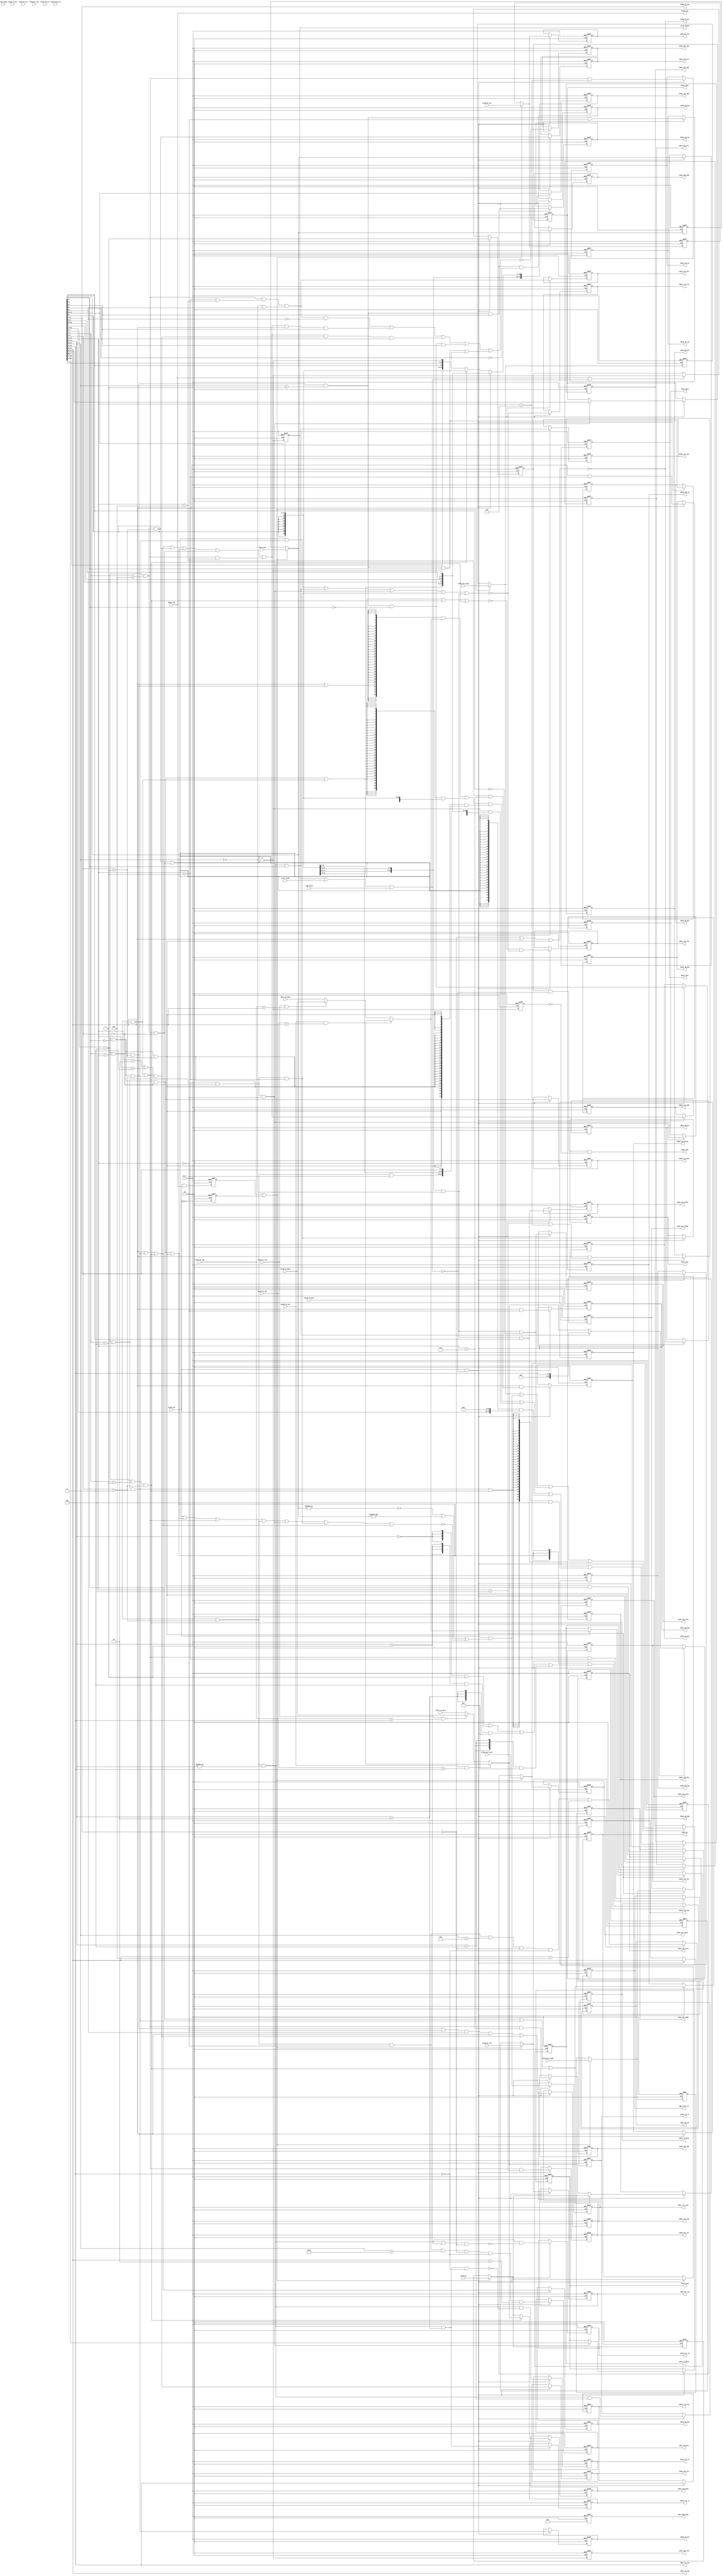
//************************************************************
// See LICENSE for license details.
//
// Module: uv_idu
//
// Designer: Owen
//
// Description:
//      Instruction Decoding Unit.
//************************************************************

`timescale 1ns / 1ps

module uv_idu
#(
    parameter ALEN = 32,
    parameter ILEN = 32,
    parameter XLEN = 32,
    parameter MLEN = XLEN / 8
)
(
    input                   clk,
    input                   rst_n,
    
    // IFU handshake.
    input                   if2id_vld,
    output                  if2id_rdy,
    
    // IFU info.
    input  [ILEN-1:0]       if2id_inst,
    input  [ALEN-1:0]       if2id_pc,
    input  [ALEN-1:0]       if2id_pc_nxt,
    input                   if2id_br_tak,

    input                   if2id_has_excp,
    input                   if2id_acc_fault,
    input                   if2id_mis_align,
    
    // EXU handshake.
    output                  id2ex_vld,
    input                   id2ex_rdy,
    
    // ALU info.
    output                  id2ex_alu_sgn,
    output                  id2ex_alu_sft,
    output                  id2ex_alu_stl,
    output                  id2ex_alu_add,
    output                  id2ex_alu_sub,
    output                  id2ex_alu_lui,
    output                  id2ex_alu_xor,
    output                  id2ex_alu_or,
    output                  id2ex_alu_and,
    output                  id2ex_alu_slt,
    output [XLEN-1:0]       id2ex_alu_opa,
    output [XLEN-1:0]       id2ex_alu_opb,
    output                  id2ex_opa_pc,
    
    // MulDiv info.
    output                  id2ex_op_mul,
    output                  id2ex_op_mix,
    output                  id2ex_op_low,
    output                  id2ex_op_div,
    output                  id2ex_op_rem,

    // CSR info.
    input                   cs2id_misa_ie,
    output                  id2ex_csr_rd,
    output                  id2ex_csr_wr,
    output                  id2ex_csr_rs,
    output                  id2ex_csr_rc,
    output                  id2ex_csr_imm,
    output [11:0]           id2ex_csr_idx,
    output [XLEN-1:0]       id2ex_csr_val,

    // LSU info.
    output                  id2ex_op_load,
    output                  id2ex_op_loadu,
    output                  id2ex_op_store,
    output [MLEN-1:0]       id2ex_ls_mask,
    output [XLEN-1:0]       id2ex_st_data,
    
    // BJP info.
    output                  id2ex_op_bjp,
    output                  id2ex_op_beq,
    output                  id2ex_op_bne,
    output                  id2ex_op_blt,
    output                  id2ex_op_bge,
    output                  id2ex_op_jal,
    output                  id2ex_op_jalr,
    output                  id2ex_op_branch,
    output [ALEN-1:0]       id2ex_bjp_base,
    output [ALEN-1:0]       id2ex_bjp_imm,
    output [ILEN-1:0]       id2ex_inst,
    output [ALEN-1:0]       id2ex_pc,
    output [ALEN-1:0]       id2ex_pc_nxt,
    output                  id2ex_br_tak,

    // Privileged info.
    output                  id2ex_op_mret,
    output                  id2ex_op_wfi,
    
    // RF read.
    output [4:0]            id2rf_ra_idx,
    output [4:0]            id2rf_rb_idx,
    input  [XLEN-1:0]       id2rf_ra_data,
    input  [XLEN-1:0]       id2rf_rb_data,
    
    // WB info.
    output                  id2ex_wb_act,
    output [4:0]            id2ex_wb_idx,

    // Excp info.
    output                  id2ex_has_excp,
    output                  id2ex_acc_fault,
    output                  id2ex_mis_align,
    output                  id2ex_ill_inst,
    output                  id2ex_env_call,
    output                  id2ex_env_break,
    
    // Forwarding info.
    output                  id2ex_rs1_vld,
    output                  id2ex_rs2_vld,
    output [4:0]            id2ex_rs1_idx,
    output [4:0]            id2ex_rs2_idx,

    output                  if2bp_fw_act,
    output [4:0]            if2bp_fw_idx,

    input                   ex2id_fw_act,
    input                   ex2id_fw_vld,
    input  [4:0]            ex2id_fw_idx,
    input  [XLEN-1:0]       ex2id_fw_data,

    input                   ex2id_br_act,
    input  [4:0]            ex2id_br_idx,

    input                   ls2id_fw_act,
    input                   ls2id_fw_vld,
    input  [4:0]            ls2id_fw_idx,
    input  [XLEN-1:0]       ls2id_fw_data,

    // Flush control from bjp misprediction.
    output                  id_br_flush,
    input                   ex_br_flush,

    // Branch info to IFU.
    output                  id2if_bjp_vld,
    output [ALEN-1:0]       id2if_bjp_addr,

    // Flush control from trap.
    input                   trap_flush,

    // Fence info.
    output                  fence_inst,
    output                  fence_data,
    output [3:0]            fence_pred,
    output [3:0]            fence_succ,
    input                   fence_done
);

    localparam UDLY         = 1;
    localparam SGN_EXTW     = XLEN - 12;
    genvar i;
    
    // Pipeline flush.
    wire                    pipe_flush;

    // Handshake.
    wire                    id_stall;
    wire                    pipe_pre;
    wire                    pipe_nxt;
    wire                    if2id_fire;
    wire                    if2id_real;
    wire                    id2ex_fire;
    wire                    id2ex_real;
    reg                     if2id_fire_p;
    reg                     if2id_init_p;
    reg                     id2ex_fire_p;
    reg                     id2ex_init_p;

    // Input buffers.
    reg  [ILEN-1:0]         if2id_inst_r;
    reg  [ALEN-1:0]         if2id_pc_r;
    reg  [ALEN-1:0]         if2id_pc_nxt_r;
    reg                     if2id_br_tak_r;

    reg                     if2id_has_excp_r;
    reg                     if2id_acc_fault_r;
    reg                     if2id_mis_align_r;

    reg                     ls2id_fw_vld_r;
    reg  [4:0]              ls2id_fw_idx_r;
    reg  [XLEN-1:0]         ls2id_fw_data_r;

    // Pipeline sources.
    wire [ILEN-1:0]         pipe_inst;
    wire [ALEN-1:0]         pipe_pc;
    wire [ALEN-1:0]         pipe_pc_nxt;
    wire                    pipe_br_tak;

    wire                    pipe_has_excp;
    wire                    pipe_acc_fault;
    wire                    pipe_mis_align;

    wire                    pipe_fw_vld;
    wire [4:0]              pipe_fw_idx;
    wire [XLEN-1:0]         pipe_fw_data;
    
    // Inst fields.
    wire                    inst_is_rvc;
    wire [15:0]             inst_rv16;
    wire [31:0]             inst_rv32;

    wire [6:0]              inst_opcode;
    wire [4:0]              inst_rd_idx;
    wire [2:0]              inst_funct3;
    wire [4:0]              inst_rs1_idx;
    wire [4:0]              inst_rs2_idx;
    wire [6:0]              inst_funct7;
    wire [11:0]             inst_i_imm;
    wire [11:0]             inst_s_imm;
    wire [11:0]             inst_b_imm;
    wire [19:0]             inst_u_imm;
    wire [19:0]             inst_j_imm;

    wire [1:0]              inst_rvc_opcode;
    wire [4:0]              inst_rvc_rs2_idx;
    wire [4:0]              inst_rvc_rs1_idx;
    wire [4:0]              inst_rvc_rd_idx;
    wire [2:0]              inst_rvc_funct3;
    wire [4:0]              inst_rvc_rs2_inc;
    wire [4:0]              inst_rvc_rs1_inc;
    wire [4:0]              inst_rvc_rd_inc;
    wire [5:0]              inst_rvc_ci_imm;
    wire [7:0]              inst_rvc_sl_imm;
    wire [7:0]              inst_rvc_ss_imm;
    wire [9:0]              inst_rvc_iw_imm;
    wire [6:0]              inst_rvc_ls_imm;
    wire [8:0]              inst_rvc_br_imm;
    wire [11:0]             inst_rvc_jp_imm;

    // Split opcode to reduce comparitors' width & num.
    // lo: opcode[1:0]; me: opcode[4:2]; hi: opcode[6:5]
    wire [1:0]              inst_opcode_lo;
    wire [2:0]              inst_opcode_me;
    wire [1:0]              inst_opcode_hi;
    wire                    inst_opcode_lo_3;
    wire                    inst_opcode_me_0;
    wire                    inst_opcode_me_1;
    wire                    inst_opcode_me_3;
    wire                    inst_opcode_me_4;
    wire                    inst_opcode_me_5;
    wire                    inst_opcode_hi_0;
    wire                    inst_opcode_hi_1;
    wire                    inst_opcode_hi_3;

    wire                    inst_rvc_opcode_0;
    wire                    inst_rvc_opcode_1;
    wire                    inst_rvc_opcode_2;
    
    // No need to split the 3-bit funct3.
    wire                    inst_funct3_0;
    wire                    inst_funct3_1;
    wire                    inst_funct3_2;
    wire                    inst_funct3_3;
    wire                    inst_funct3_4;
    wire                    inst_funct3_5;
    wire                    inst_funct3_6;
    wire                    inst_funct3_7;
    
    // Decode low 2 bits for ls mask.
    wire                    inst_funct3_lo_0;
    wire                    inst_funct3_lo_1;
    wire                    inst_funct3_lo_2;
    wire                    inst_funct3_lo_3;
    
    // Split funct7 to reduce comparitors' width & num.
    // lo: funct7[4:0]; hi: funct[6:5]
    wire [4:0]              inst_funct7_lo;
    wire [1:0]              inst_funct7_hi;
    wire                    inst_funct7_lo_0;
    wire                    inst_funct7_hi_0;
    wire                    inst_funct7_hi_1;
    wire                    inst_funct7_5_1;
    wire                    inst_funct7_0;
    wire                    inst_funct7_1;

    // RVC funct3 values.
    wire                    inst_rvc_funct3_0;
    wire                    inst_rvc_funct3_1;
    wire                    inst_rvc_funct3_2;
    wire                    inst_rvc_funct3_3;
    wire                    inst_rvc_funct3_4;
    wire                    inst_rvc_funct3_5;
    wire                    inst_rvc_funct3_6;
    wire                    inst_rvc_funct3_7;
    
    // Operations.
    wire                    inst_op_lui;
    wire                    inst_op_auipc;
    wire                    inst_op_jal;
    wire                    inst_op_jalr;
    wire                    inst_op_branch;
    wire                    inst_op_load;
    wire                    inst_op_loadu;
    wire                    inst_op_store;
    wire                    inst_op_imm;
    wire                    inst_op_arith;
    wire                    inst_op_fence;
    wire                    inst_op_fencei;
    wire                    inst_op_system;
    wire                    inst_op_envsys;
    wire                    inst_op_ecall;
    wire                    inst_op_ebreak;
    wire                    inst_op_mret;
    wire                    inst_op_wfi;
    wire                    inst_op_csr;
    wire                    inst_op_csrrw;
    wire                    inst_op_csrrs;
    wire                    inst_op_csrrc;
    wire                    inst_op_csrimm;
    wire                    inst_op_muldiv;
    wire                    inst_op_ia;
    wire                    inst_op_ls;

    wire                    inst_op_beq;
    wire                    inst_op_bne;
    wire                    inst_op_blt;
    wire                    inst_op_bge;

    wire                    inst_f3_sft;
    wire                    inst_f7_sft;
    
    // Operation aggregations.
    wire                    inst_unsgn;
    wire                    inst_sgn;
    wire                    inst_sft;
    wire                    inst_stl;
    wire                    inst_add;
    wire                    inst_sub;
    wire                    inst_lui;
    wire                    inst_xor;
    wire                    inst_or;
    wire                    inst_and;
    wire                    inst_slt;
    wire                    inst_bjp;

    wire                    inst_mul;
    wire                    inst_mix;   // For mul only.
    wire                    inst_low;   // For mul only.
    wire                    inst_div;
    wire                    inst_rem;   // For div only.

    wire                    ill_inst;
    
    // Mask for both 32b & 64b
    wire [7:0]              ls_mask;
    
    // Operands
    wire                    inst_opa_pc;
    wire [XLEN-1:0]         inst_opa;
    wire [XLEN-1:0]         inst_opb;
    
    wire [SGN_EXTW-1:0]     inst_sign_ext;
    wire [XLEN-1:0]         inst_i_imm_ext;
    wire [XLEN-1:0]         inst_s_imm_ext;
    wire [XLEN-1:0]         inst_b_imm_ext;
    wire [XLEN-1:0]         inst_u_imm_ext;
    wire [XLEN-1:0]         inst_j_imm_ext;

    wire                    inst_opb_frm_r;
    wire                    inst_opb_imm_i;
    wire                    inst_opb_imm_s;
    wire                    inst_opb_imm_b;
    wire                    inst_opb_imm_u;
    wire                    inst_opb_imm_j;
    wire                    inst_opb_seq_j;

    wire                    inst_rs1_zero;
    wire                    inst_rs2_zero;

    wire [11:0]             inst_csr_idx;
    wire [XLEN-1:0]         inst_csr_val;

    // PC addend
    wire [ALEN-1:0]         inst_bjp_base;
    wire [ALEN-1:0]         inst_bjp_imm;
    wire [XLEN-1:0]         inst_pc_seq;
    
    // WB state
    wire                    inst_rd_idx_z;
    wire                    inst_wb_act;
    
    // Forwarding state
    wire                    rs1_vld;
    wire                    rs2_vld;
    wire                    rs2_imm;
    wire                    rs1_frm_ex;
    wire                    rs2_frm_ex;
    wire                    rs1_frm_ls;
    wire                    rs2_frm_ls;
    wire [XLEN-1:0]         rs1_data;
    wire [XLEN-1:0]         rs2_data;
    
    // Branch sources.
    wire [ALEN-1:0]         bjp_base;
    wire [ALEN-1:0]         bjp_offset;

    // Branch results.
    wire                    rs1_id_wait;
    wire                    rs2_id_wait;
    wire                    rs1_br_wait;
    wire                    rs2_br_wait;
    wire                    rs1_ex_wait;
    wire                    rs2_ex_wait;
    wire                    rs1_ls_wait;
    wire                    rs2_ls_wait;
    wire                    rs1_wait;
    wire                    rs2_wait;
    wire                    rs_wait;
    wire [XLEN-1:0]         rs_xor;

    wire                    cmp_eq;
    wire                    cmp_ne;
    wire                    cmp_lt;
    wire                    cmp_ge;

    wire                    bjp_eq;
    wire                    bjp_ne;
    wire                    bjp_lt;
    wire                    bjp_ge;

    wire                    bjp_tak;
    wire                    bjp_mis;

    wire                    bjp_vld;
    wire [ALEN-1:0]         bjp_addr;

    // Pipeline stalling states
    wire                    pipe_stall;
    reg                     pipe_stall_p;
    
    // Handshake registers
    reg                     id2ex_vld_r;
    
    // ALU registers
    reg                     alu_sgn_r;
    reg                     alu_sft_r;
    reg                     alu_stl_r;
    reg                     alu_add_r;
    reg                     alu_sub_r;
    reg                     alu_lui_r;
    reg                     alu_xor_r;
    reg                     alu_or_r;
    reg                     alu_and_r;
    reg                     alu_slt_r;
    reg  [XLEN-1:0]         alu_opa_r;
    reg  [XLEN-1:0]         alu_opb_r;
    reg                     opa_pc_r;

    // CSR registers
    reg                     csr_rd_r;
    reg                     csr_wr_r;
    reg                     csr_rs_r;
    reg                     csr_rc_r;
    reg                     csr_imm_r;
    reg  [11:0]             csr_idx_r;
    reg  [XLEN-1:0]         csr_val_r;
    
    // MulDiv registers
    reg                     op_mul_r;
    reg                     op_mix_r;
    reg                     op_low_r;
    reg                     op_div_r;
    reg                     op_rem_r;

    // LSU registers
    reg                     op_load_r;
    reg                     op_loadu_r;
    reg                     op_store_r;
    reg  [MLEN-1:0]         ls_mask_r;
    reg  [XLEN-1:0]         st_data_r;
    
    // BJP registers
    reg                     op_bjp_r;
    reg                     op_beq_r;
    reg                     op_bne_r;
    reg                     op_blt_r;
    reg                     op_bge_r;
    reg                     op_jal_r;
    reg                     op_jalr_r;
    reg                     op_branch_r;
    
    reg  [ALEN-1:0]         bjp_base_r;
    reg  [ALEN-1:0]         bjp_imm_r;
    reg  [ILEN-1:0]         inst_r;
    reg  [ALEN-1:0]         pc_r;
    reg  [ALEN-1:0]         pc_nxt_r;
    reg                     br_tak_r;

    // Privileged inst buf.
    reg                     op_mret_r;
    reg                     op_wfi_r;
    
    // WB registers
    reg                     wb_act_r;
    reg  [4:0]              wb_idx_r;
    
    // Forwarding registers
    reg                     rs1_vld_r;
    reg                     rs2_vld_r;
    reg  [4:0]              rs1_idx_r;
    reg  [4:0]              rs2_idx_r;
    
    // Pipeline flush
    reg                     bjp_mis_r;
    reg                     bjp_vld_r;
    reg  [ALEN-1:0]         bjp_addr_r;

    // Pipeline stalling register
    reg                     pipe_stall_r;

    // Fence registers
    reg                     fencei_r;
    reg                     fence_r;
    reg  [3:0]              fence_pred_r;
    reg  [3:0]              fence_succ_r;

    // Exceptions.
    reg                     has_excp_r;
    reg                     acc_fault_r;
    reg                     mis_align_r;
    reg                     ill_inst_r;
    reg                     env_call_r;
    reg                     env_break_r;
    
    // Two flush sources: bjp & trap.
    assign pipe_flush       = id_br_flush | ex_br_flush | trap_flush;

    // Pipeline control.
    assign id_stall         = 1'b0;
    assign pipe_stall       = id_stall;
    //assign pipe_stall       = id_stall | rs1_ls_wait | rs1_ls_wait;

    // Handshake: rsp to IFU.
    assign pipe_pre         = if2id_vld & (~pipe_flush);
    assign pipe_nxt         = pipe_pre  & (~pipe_stall);
    assign if2id_rdy        = id2ex_rdy & (~pipe_stall);
    assign if2id_fire       = if2id_vld & if2id_rdy;
    assign if2id_real       = if2id_fire_p | if2id_init_p;
    assign id2ex_fire       = id2ex_vld & id2ex_rdy;
    assign id2ex_real       = id2ex_fire_p | id2ex_init_p;
    
    // Handshake: req to EXU.
    assign id2ex_vld        = id2ex_vld_r & (~pipe_flush) & (~pipe_stall_p);

    // Select pipeline sources.
    assign pipe_inst        = if2id_real ? if2id_inst       : if2id_inst_r;
    assign pipe_pc          = if2id_real ? if2id_pc         : if2id_pc_r;
    assign pipe_pc_nxt      = if2id_real ? if2id_pc_nxt     : if2id_pc_nxt_r;
    assign pipe_br_tak      = if2id_real ? if2id_br_tak     : if2id_br_tak_r;

    assign pipe_has_excp    = if2id_real ? if2id_has_excp   : if2id_has_excp_r;
    assign pipe_acc_fault   = if2id_real ? if2id_acc_fault  : if2id_acc_fault_r;
    assign pipe_mis_align   = if2id_real ? if2id_mis_align  : if2id_mis_align_r;

    //assign pipe_fw_vld      = id2ex_real ? ls2id_fw_vld     : ls2id_fw_vld_r;
    //assign pipe_fw_idx      = id2ex_real ? ls2id_fw_idx     : ls2id_fw_idx_r;
    //assign pipe_fw_data     = id2ex_real ? ls2id_fw_data    : ls2id_fw_data_r;

    assign pipe_fw_vld      = ls2id_fw_vld ;
    assign pipe_fw_idx      = ls2id_fw_idx ;
    assign pipe_fw_data     = ls2id_fw_data;
    
    // Decode instruction fields.
    assign inst_is_rvc      = ~(pipe_inst[0] & pipe_inst[1]);
    assign inst_rv16        = pipe_inst[15:0];
    assign inst_rv32        = pipe_inst[31:0];

    assign inst_opcode      = inst_rv32[6:0];
    assign inst_rd_idx      = inst_rv32[11:7];
    assign inst_funct3      = inst_rv32[14:12];
    assign inst_rs1_idx     = inst_rv32[19:15];
    assign inst_rs2_idx     = inst_rv32[24:20];
    assign inst_funct7      = inst_rv32[31:25];
    assign inst_i_imm       = inst_rv32[31:20];
    assign inst_s_imm       = {inst_rv32[31:25], inst_rv32[11:7]};
    assign inst_b_imm       = {inst_rv32[31], inst_rv32[7], inst_rv32[30:25], inst_rv32[11:8]};
    assign inst_u_imm       = inst_rv32[31:12];
    assign inst_j_imm       = {inst_rv32[31], inst_rv32[19:12], inst_rv32[20], inst_rv32[30:21]};

    // Split & compare opcode.
    assign inst_opcode_lo   = inst_opcode[1:0];
    assign inst_opcode_me   = inst_opcode[4:2];
    assign inst_opcode_hi   = inst_opcode[6:5];
    assign inst_opcode_lo_3 = inst_opcode_lo == 2'h3;
    assign inst_opcode_me_0 = inst_opcode_me == 3'h0;
    assign inst_opcode_me_1 = inst_opcode_me == 3'h1;
    assign inst_opcode_me_3 = inst_opcode_me == 3'h3;
    assign inst_opcode_me_4 = inst_opcode_me == 3'h4;
    assign inst_opcode_me_5 = inst_opcode_me == 3'h5;
    assign inst_opcode_hi_0 = inst_opcode_hi == 2'h0;
    assign inst_opcode_hi_1 = inst_opcode_hi == 2'h1;
    assign inst_opcode_hi_3 = inst_opcode_hi == 2'h3;
    
    // Compare funct3.
    assign inst_funct3_0    = inst_funct3 == 3'h0;
    assign inst_funct3_1    = inst_funct3 == 3'h1;
    assign inst_funct3_2    = inst_funct3 == 3'h2;
    assign inst_funct3_3    = inst_funct3 == 3'h3;
    assign inst_funct3_4    = inst_funct3 == 3'h4;
    assign inst_funct3_5    = inst_funct3 == 3'h5;
    assign inst_funct3_6    = inst_funct3 == 3'h6;
    assign inst_funct3_7    = inst_funct3 == 3'h7;
    
    assign inst_funct3_lo_0 = inst_funct3[1:0] == 2'h0;
    assign inst_funct3_lo_1 = inst_funct3[1:0] == 2'h1;
    assign inst_funct3_lo_2 = inst_funct3[1:0] == 2'h2;
    assign inst_funct3_lo_3 = inst_funct3[1:0] == 2'h3;
    
    // Split & compare funct7.
    assign inst_funct7_lo   = inst_funct7[4:0];
    assign inst_funct7_hi   = inst_funct7[6:5];
    assign inst_funct7_lo_0 = inst_funct7_lo == 5'h0;
    assign inst_funct7_lo_8 = inst_funct7_lo == 5'h8;
    assign inst_funct7_hi_0 = inst_funct7_hi == 2'h0;
    assign inst_funct7_hi_1 = inst_funct7_hi == 2'h1;
    assign inst_funct7_5_1  = inst_funct7[5];
    assign inst_funct7_0    = inst_funct7 == 7'h0;
    assign inst_funct7_1    = inst_funct7 == 7'h1;

    // Decode RVC fields.
    assign inst_rvc_opcode  = inst_rv16[1:0];
    assign inst_rvc_rs2_idx = inst_rv16[6:2];
    assign inst_rvc_rs1_idx = inst_rv16[11:7];
    assign inst_rvc_rd_idx  = inst_rv16[11:7];
    assign inst_rvc_funct3  = inst_rv16[15:13];

    assign inst_rvc_rs2_inc = {2'b0, inst_rv16[4:2]} + 5'd8;
    assign inst_rvc_rs1_inc = {2'b0, inst_rv16[9:7]} + 5'd8;
    assign inst_rvc_rd_inc  = {2'b0, inst_rv16[4:2]} + 5'd8;

    assign inst_rvc_ci_imm  = {inst_rv16[12], inst_rv16[6:2]};
    assign inst_rvc_sl_imm  = {inst_rv16[3:2], inst_rv16[12], inst_rv16[6:4], 2'b0};
    assign inst_rvc_ss_imm  = {inst_rv16[8:7], inst_rv16[12:9], 2'b0};
    assign inst_rvc_iw_imm  = {inst_rv16[10:7], inst_rv16[12:11], inst_rv16[5], inst_rv16[6], 2'b0};
    assign inst_rvc_ls_imm  = {inst_rv16[5], inst_rv16[12:10], inst_rv16[6], 2'b0};
    assign inst_rvc_br_imm  = {inst_rv16[12], inst_rv16[6:5], inst_rv16[2], inst_rv16[11:10], inst_rv16[4:3], 1'b0};
    assign inst_rvc_jp_imm  = {inst_rv16[12], inst_rv16[8], inst_rv16[10:9], inst_rv16[6], inst_rv16[7], inst_rv16[6:5], inst_rv16[2], inst_rv16[11], inst_rv16[5:3], 1'b0};
    
    assign inst_rvc_opcode_0 = inst_rvc_opcode == 2'h0;
    assign inst_rvc_opcode_1 = inst_rvc_opcode == 2'h1;
    assign inst_rvc_opcode_2 = inst_rvc_opcode == 2'h2;

    assign inst_rvc_funct3_0 = inst_rvc_funct3 == 3'h0;
    assign inst_rvc_funct3_1 = inst_rvc_funct3 == 3'h1;
    assign inst_rvc_funct3_2 = inst_rvc_funct3 == 3'h2;
    assign inst_rvc_funct3_3 = inst_rvc_funct3 == 3'h3;
    assign inst_rvc_funct3_4 = inst_rvc_funct3 == 3'h4;
    assign inst_rvc_funct3_5 = inst_rvc_funct3 == 3'h5;
    assign inst_rvc_funct3_6 = inst_rvc_funct3 == 3'h6;
    assign inst_rvc_funct3_7 = inst_rvc_funct3 == 3'h7;
    
    // Decode instruction operations.
    assign inst_op_lui      = inst_opcode_lo_3 & inst_opcode_me_5 & inst_opcode_hi_1;
    assign inst_op_auipc    = inst_opcode_lo_3 & inst_opcode_me_5 & inst_opcode_hi_0;
    assign inst_op_jal      = inst_opcode_lo_3 & inst_opcode_me_3 & inst_opcode_hi_3;
    assign inst_op_jalr     = inst_opcode_lo_3 & inst_opcode_me_1 & inst_opcode_hi_3;
    assign inst_op_branch   = inst_opcode_lo_3 & inst_opcode_me_0 & inst_opcode_hi_3;
    assign inst_op_load     = inst_opcode_lo_3 & inst_opcode_me_0 & inst_opcode_hi_0;
    assign inst_op_loadu    = inst_op_load & inst_funct3[2];
    assign inst_op_store    = inst_opcode_lo_3 & inst_opcode_me_0 & inst_opcode_hi_1;
    assign inst_op_imm      = inst_opcode_lo_3 & inst_opcode_me_4 & inst_opcode_hi_0;
    assign inst_op_arith    = inst_opcode_lo_3 & inst_opcode_me_4 & inst_opcode_hi_1;
    assign inst_op_fence    = inst_opcode_lo_3 & inst_opcode_me_3 & inst_opcode_hi_0 & inst_funct3_0;
    assign inst_op_fencei   = inst_opcode_lo_3 & inst_opcode_me_3 & inst_opcode_hi_0 & inst_funct3_1;
    assign inst_op_system   = inst_opcode_lo_3 & inst_opcode_me_4 & inst_opcode_hi_3;
    assign inst_op_envsys   = inst_op_system & inst_funct3_0 & inst_funct7_0;
    assign inst_op_ecall    = inst_op_envsys & (~inst_i_imm[0]);
    assign inst_op_ebreak   = inst_op_envsys & inst_i_imm[0];
    assign inst_op_mret     = inst_op_system && inst_funct3_0 && (inst_funct7 == 7'b11000)
                            && (inst_rd_idx == 5'b0) && (inst_rs1_idx == 5'b0) && (inst_rs2_idx == 5'b10);
    assign inst_op_wfi      = inst_op_system && inst_funct3_0 && (inst_funct7 == 7'b1000)
                            && (inst_rd_idx == 5'b0) && (inst_rs1_idx == 5'b0) && (inst_rs2_idx == 5'b101);
    assign inst_op_csr      = inst_op_system & (|inst_funct3[1:0]);
    assign inst_op_csrrw    = inst_op_csr && (inst_funct3[1:0] == 2'b01);
    assign inst_op_csrrs    = inst_op_csr && (inst_funct3[1:0] == 2'b10);
    assign inst_op_csrrc    = inst_op_csr && (inst_funct3[1:0] == 2'b11);
    assign inst_op_csrimm   = inst_op_csr & inst_funct3[2];
    assign inst_op_muldiv   = inst_op_arith & inst_funct7_1;
    
    assign inst_op_ls       = inst_op_load  | inst_op_store;
    assign inst_op_ia       = inst_op_imm   | inst_op_arith;
    assign inst_f3_sft      = inst_funct3_1 | inst_funct3_5;
    assign inst_f7_sft      = inst_funct7_0 | inst_funct7_5_1;

    assign inst_op_beq      = inst_op_branch & inst_funct3_0;
    assign inst_op_bne      = inst_op_branch & inst_funct3_1;
    assign inst_op_bge      = inst_op_branch & (inst_funct3_4 | inst_funct3_6);
    assign inst_op_blt      = inst_op_branch & (inst_funct3_5 | inst_funct3_7);
    
    assign ls_mask          = {8{inst_funct3_lo_0}} & 8'h01 
                            | {8{inst_funct3_lo_1}} & 8'h03
                            | {8{inst_funct3_lo_2}} & 8'h0f
                            | {8{inst_funct3_lo_3}} & 8'hff;
    
    assign inst_unsgn       = (inst_sft & (~inst_funct7_5_1))
                            | (inst_add & inst_op_branch & inst_funct3[1])
                            | (inst_add & inst_slt & inst_funct3[0])
                            | (inst_mul & inst_funct3[1])
                            | (inst_div & inst_funct3[0]);
    assign inst_sgn         = ~inst_unsgn;
    assign inst_sft         = inst_op_ia & inst_f3_sft & inst_f7_sft;
    assign inst_stl         = inst_op_ia & inst_funct3_1;
    assign inst_add         = inst_bjp | inst_slt | inst_op_ls | inst_op_auipc
                            | (inst_op_ia & inst_funct3_0);
    assign inst_sub         = (inst_op_arith & inst_funct3_0 & inst_funct7_5_1)
                            | inst_op_branch | inst_slt;
    assign inst_lui         = inst_op_lui;
    assign inst_xor         = inst_op_ia & inst_funct3_4;
    assign inst_or          = inst_op_ia & inst_funct3_6;
    assign inst_and         = inst_op_ia & inst_funct3_7;
    assign inst_slt         = inst_op_ia & (inst_funct3_2 | inst_funct3_3);
    assign inst_bjp         = inst_op_branch | inst_op_jal | inst_op_jalr;

    assign inst_mul         = inst_op_muldiv & (~inst_funct3[2]);
    assign inst_mix         = inst_op_muldiv & inst_funct3[1] & (~inst_funct3[0]);
    assign inst_low         = inst_op_muldiv & inst_funct3_0;
    assign inst_div         = inst_op_muldiv & inst_funct3[2];
    assign inst_rem         = inst_op_muldiv & inst_funct3[1];

    // Detect illegal instruction.
    assign ill_inst         = if2id_vld & ((~(|pipe_inst)) | (&pipe_inst)
                            | (~(inst_op_lui | inst_op_auipc | inst_op_ls | inst_op_ia
                            | inst_op_system | inst_op_fence | inst_op_fencei | inst_bjp)));
    
    // Extend immediate number.
    assign inst_sign_ext    = {SGN_EXTW{inst_rv32[31]}};
    assign inst_i_imm_ext   = {inst_sign_ext, inst_i_imm};
    assign inst_s_imm_ext   = {inst_sign_ext, inst_s_imm};
    assign inst_b_imm_ext   = {inst_sign_ext[SGN_EXTW-2:0], inst_b_imm, 1'b0};
    assign inst_u_imm_ext   = {inst_u_imm, 12'b0};
    assign inst_j_imm_ext   = {inst_sign_ext[SGN_EXTW-10:0], inst_j_imm, 1'b0};
    
    // Set operands.
    assign inst_opb_frm_r   = inst_op_branch | inst_op_arith;
    assign inst_opb_imm_i   = inst_op_load | inst_op_imm;
    assign inst_opb_imm_s   = inst_op_store;
    assign inst_opb_imm_b   = 1'b0;
    assign inst_opb_imm_u   = inst_op_lui | inst_op_auipc;
    assign inst_opb_imm_j   = inst_op_jal;
    assign inst_opb_seq_j   = inst_op_jal | inst_op_jalr;
    assign inst_pc_seq      = {{(XLEN-3){1'b0}}, 3'd4};

    assign inst_bjp_base    = inst_op_jalr ? rs1_data[ALEN-1:0] : pipe_pc;
    assign inst_bjp_imm     = inst_op_branch ? inst_b_imm_ext[ALEN-1:0]
                            : inst_op_jalr   ? inst_i_imm_ext[ALEN-1:0]
                            : inst_j_imm_ext[ALEN-1:0];
    assign inst_opa_pc      = inst_op_auipc | inst_op_jal | inst_op_jalr;

    assign inst_opa         = inst_opa_pc ? pipe_pc : rs1_data;
    assign inst_opb         = ({XLEN{inst_opb_frm_r}} & rs2_data      )
                            | ({XLEN{inst_opb_imm_i}} & inst_i_imm_ext)
                            | ({XLEN{inst_opb_imm_s}} & inst_s_imm_ext)
                            | ({XLEN{inst_opb_imm_b}} & inst_b_imm_ext)
                            | ({XLEN{inst_opb_imm_u}} & inst_u_imm_ext)
                            | ({XLEN{inst_opb_seq_j}} & inst_pc_seq   );
    
    assign inst_rd_zero     = inst_rd_idx  == 5'd0;
    assign inst_rs1_zero    = inst_rs1_idx == 5'd0;
    assign inst_rs2_zero    = inst_rs2_idx == 5'd0;

    assign inst_csr_idx     = inst_i_imm;
    assign inst_csr_val     = inst_op_csrimm ? {{(XLEN-5){1'b0}}, inst_rs1_idx} : rs1_data;

    // Select wb-active inst.
    assign inst_rd_idx_z    = inst_rd_idx == 5'h0;
    assign inst_wb_act      = ~(inst_rd_idx_z | inst_op_branch | inst_op_store);
    
    // Set if the operand is valid.
    assign rs1_vld          = ~(inst_op_lui   | inst_op_auipc  | inst_op_jal | inst_op_csrimm
                              | inst_op_fence | inst_op_fencei | inst_op_envsys);
    assign rs2_vld          = ~(inst_op_load | inst_op_imm | inst_op_jalr | inst_op_csr) & rs1_vld;
    assign rs2_imm          = inst_op_load | inst_op_imm | inst_op_jalr;

    // Set if the reg values are from the bypass network.
    assign rs1_frm_ex       = ex2id_fw_vld && (ex2id_fw_idx == inst_rs1_idx);
    assign rs2_frm_ex       = ex2id_fw_vld && (ex2id_fw_idx == inst_rs2_idx);
    assign rs1_frm_ls       = ls2id_fw_vld && (ls2id_fw_idx == inst_rs1_idx);
    assign rs2_frm_ls       = ls2id_fw_vld && (ls2id_fw_idx == inst_rs2_idx);
    assign rs1_ex_wait      = ex2id_fw_act && (!ex2id_fw_vld) && (ex2id_fw_idx == inst_rs1_idx);
    assign rs2_ex_wait      = ex2id_fw_act && (!ex2id_fw_vld) && (ex2id_fw_idx == inst_rs2_idx);
    assign rs1_ls_wait      = ls2id_fw_act && (!ls2id_fw_vld) && (ls2id_fw_idx == inst_rs1_idx);
    assign rs2_ls_wait      = ls2id_fw_act && (!ls2id_fw_vld) && (ls2id_fw_idx == inst_rs2_idx);
    assign rs1_data         = rs1_frm_ex ? ex2id_fw_data
                            : rs1_frm_ls ? ls2id_fw_data
                            : id2rf_ra_data;
    assign rs2_data         = rs2_frm_ex ? ex2id_fw_data
                            : rs2_frm_ls ? ls2id_fw_data
                            : id2rf_rb_data;

`ifdef BR_FLUSH_AT_DEC
    // Set branch sources.
    assign bjp_base         = pipe_pc;
    assign bjp_offset       = inst_b_imm_ext[ALEN-1:0];

    // Summary branch states.
    assign rs1_id_wait      = id2ex_wb_act && (id2ex_wb_idx == inst_rs1_idx);
    assign rs2_id_wait      = id2ex_wb_act && (id2ex_wb_idx == inst_rs2_idx);
    assign rs1_br_wait      = ex2id_br_act && (!ex2id_fw_vld) && (ex2id_br_idx == inst_rs1_idx);
    assign rs2_br_wait      = ex2id_br_act && (!ex2id_fw_vld) && (ex2id_br_idx == inst_rs2_idx);
    assign rs1_wait         = rs1_id_wait | rs1_br_wait | rs1_ls_wait;
    assign rs2_wait         = rs2_id_wait | rs2_br_wait | rs2_ls_wait;
    assign rs_wait          = rs1_wait | rs2_wait;
    assign rs_xor           = rs1_data ^ rs2_data;

    assign cmp_eq           = ~cmp_ne;
    assign cmp_ne           = |rs_xor;
    assign cmp_lt           = (inst_rs1_zero & (~rs2_data[XLEN-1]) & (|rs2_data[XLEN-2:0]))
                            | (inst_rs2_zero &   rs1_data[XLEN-1]);
    assign cmp_ge           = (inst_rs1_zero & ( rs2_data[XLEN-1] | (~(|rs2_data))))
                            | (inst_rs2_zero & (~rs1_data[XLEN-1]));

    assign bjp_eq           = inst_op_beq & cmp_eq;
    assign bjp_ne           = inst_op_bne & cmp_ne;
    assign bjp_lt           = inst_op_blt & (~inst_funct3[1]) & cmp_lt; // Must be signed cmp.
    assign bjp_ge           = inst_op_bge & (~inst_funct3[1]) & cmp_ge; // Must be signed cmp.

    assign bjp_tak          = (~rs_wait) & (bjp_eq | bjp_ne | bjp_lt | bjp_ge);
    assign bjp_mis          = if2id_fire && ((bjp_tak && (!pipe_br_tak))
                                         && (bjp_addr != pipe_pc_nxt));
    
    assign bjp_vld          = bjp_mis;
    assign bjp_addr         = bjp_base + bjp_offset;
`else
    assign bjp_mis          = 1'b0;
    assign bjp_vld          = 1'b0;
    assign bjp_addr         = {ALEN{1'b0}};
`endif
    
    // Buffer handshake firing.
    always @(posedge clk or negedge rst_n) begin
        if (~rst_n) begin
            if2id_fire_p <= 1'b0;
        end
        else begin
            if2id_fire_p <= #UDLY if2id_fire;
        end
    end

    always @(posedge clk or negedge rst_n) begin
        if (~rst_n) begin
            if2id_init_p <= 1'b1;
        end
        else begin
            if2id_init_p <= #UDLY ~if2id_vld;
        end
    end

    always @(posedge clk or negedge rst_n) begin
        if (~rst_n) begin
            id2ex_fire_p <= 1'b0;
        end
        else begin
            id2ex_fire_p <= #UDLY id2ex_fire;
        end
    end

    always @(posedge clk or negedge rst_n) begin
        if (~rst_n) begin
            id2ex_init_p <= 1'b1;
        end
        else begin
            id2ex_init_p <= #UDLY ~id2ex_vld;
        end
    end

    always @(posedge clk or negedge rst_n) begin
        if (~rst_n) begin
            id2ex_vld_r <= 1'b0;
        end
        else begin
            if (pipe_pre) begin
                id2ex_vld_r <= #UDLY 1'b1;
            end
            else if (id2ex_rdy | pipe_flush) begin
                id2ex_vld_r <= #UDLY 1'b0;
            end
        end
    end

    // Buffer stall status.
    always @(posedge clk or negedge rst_n) begin
        if (~rst_n) begin
            pipe_stall_p <= 1'b0;
        end
        else begin
            if (pipe_flush) begin
                pipe_stall_p <= #UDLY 1'b0;
            end
            else begin
                pipe_stall_p <= #UDLY pipe_stall;
            end
        end
    end

    // Buffer input.
    always @(posedge clk or negedge rst_n) begin
        if (~rst_n) begin
            if2id_inst_r      <= {ILEN{1'b0}};
            if2id_pc_r        <= {ALEN{1'b0}};
            if2id_pc_nxt_r    <= {ALEN{1'b0}};
            if2id_br_tak_r    <= 1'b0;
            if2id_has_excp_r  <= 1'b0;
            if2id_acc_fault_r <= 1'b0;
            if2id_mis_align_r <= 1'b0;
        end
        else begin
            if (if2id_real) begin
                if2id_inst_r      <= #UDLY if2id_inst;
                if2id_pc_r        <= #UDLY if2id_pc;
                if2id_pc_nxt_r    <= #UDLY if2id_pc_nxt;
                if2id_br_tak_r    <= #UDLY if2id_br_tak;
                if2id_has_excp_r  <= #UDLY if2id_has_excp;
                if2id_acc_fault_r <= #UDLY if2id_acc_fault;
                if2id_mis_align_r <= #UDLY if2id_mis_align;
            end
        end
    end

    always @(posedge clk or negedge rst_n) begin
        if (~rst_n) begin
            ls2id_fw_vld_r    <= 1'b0;
            ls2id_fw_idx_r    <= 5'b0;
            ls2id_fw_data_r   <= {XLEN{1'b0}};
        end
        else begin
            if (id2ex_real) begin
                ls2id_fw_vld_r    <= #UDLY ls2id_fw_vld;
                ls2id_fw_idx_r    <= #UDLY ls2id_fw_idx;
                ls2id_fw_data_r   <= #UDLY ls2id_fw_data;
            end
        end
    end

    // Buffer ALU info.
    always @(posedge clk or negedge rst_n) begin
        if (~rst_n) begin
            alu_sgn_r <= 1'b0;
            alu_sft_r <= 1'b0;
            alu_stl_r <= 1'b0;
            alu_add_r <= 1'b0;
            alu_sub_r <= 1'b0;
            alu_lui_r <= 1'b0;
            alu_xor_r <= 1'b0;
            alu_or_r  <= 1'b0;
            alu_and_r <= 1'b0;
            alu_slt_r <= 1'b0;
            alu_opa_r <= {XLEN{1'b0}};
            alu_opb_r <= {XLEN{1'b0}};
            opa_pc_r  <= 1'b0;
        end
        else begin
            if (pipe_nxt) begin
                alu_sgn_r <= #UDLY inst_sgn;
                alu_sft_r <= #UDLY inst_sft;
                alu_stl_r <= #UDLY inst_stl;
                alu_add_r <= #UDLY inst_add;
                alu_sub_r <= #UDLY inst_sub;
                alu_lui_r <= #UDLY inst_lui;
                alu_xor_r <= #UDLY inst_xor;
                alu_or_r  <= #UDLY inst_or;
                alu_and_r <= #UDLY inst_and;
                alu_slt_r <= #UDLY inst_slt;
                alu_opa_r <= #UDLY inst_opa;
                alu_opb_r <= #UDLY inst_opb;
                opa_pc_r  <= #UDLY inst_opa_pc;
            end
        end
    end
    
    assign id2ex_alu_sgn  = alu_sgn_r;
    assign id2ex_alu_sft  = alu_sft_r;
    assign id2ex_alu_stl  = alu_stl_r;
    assign id2ex_alu_add  = alu_add_r;
    assign id2ex_alu_sub  = alu_sub_r;
    assign id2ex_alu_lui  = alu_lui_r;
    assign id2ex_alu_xor  = alu_xor_r;
    assign id2ex_alu_or   = alu_or_r;
    assign id2ex_alu_and  = alu_and_r;
    assign id2ex_alu_slt  = alu_slt_r;
    assign id2ex_alu_opa  = alu_opa_r;
    assign id2ex_alu_opb  = alu_opb_r;
    assign id2ex_opa_pc   = opa_pc_r;

    // Buffer MulDiv info.
    always @(posedge clk or negedge rst_n) begin
        if (~rst_n) begin
            op_mul_r <= 1'b0;
            op_mix_r <= 1'b0;
            op_low_r <= 1'b0;
            op_div_r <= 1'b0;
            op_rem_r <= 1'b0;
        end
        else begin
            if (pipe_nxt) begin
                op_mul_r <= #UDLY inst_mul;
                op_mix_r <= #UDLY inst_mix;
                op_low_r <= #UDLY inst_low;
                op_div_r <= #UDLY inst_div;
                op_rem_r <= #UDLY inst_rem;
            end
        end
    end

    assign id2ex_op_mul = op_mul_r;
    assign id2ex_op_mix = op_mix_r;
    assign id2ex_op_low = op_low_r;
    assign id2ex_op_div = op_div_r;
    assign id2ex_op_rem = op_rem_r;

    // Buffer CSR info.
    always @(posedge clk or negedge rst_n) begin
        if (~rst_n) begin
            csr_rd_r   <= 1'b0;
            csr_wr_r   <= 1'b0;
            csr_rs_r   <= 1'b0;
            csr_rc_r   <= 1'b0;
            csr_imm_r  <= 1'b0;
            csr_idx_r  <= 12'b0;
            csr_val_r  <= {XLEN{1'b0}};
        end
        else begin
            if (pipe_nxt) begin
                csr_rd_r   <= #UDLY inst_op_csr & (~(inst_op_csrrw & inst_rd_zero));
                csr_wr_r   <= #UDLY inst_op_csr & (~(inst_op_csrrs & inst_rs1_zero));
                csr_rs_r   <= #UDLY inst_op_csrrs;
                csr_rc_r   <= #UDLY inst_op_csrrc;
                csr_imm_r  <= #UDLY inst_op_csrimm;
                csr_idx_r  <= #UDLY inst_csr_idx;
                csr_val_r  <= #UDLY inst_csr_val;
            end
        end
    end

    assign id2ex_csr_rd   = csr_rd_r;
    assign id2ex_csr_wr   = csr_wr_r;
    assign id2ex_csr_rs   = csr_rs_r;
    assign id2ex_csr_rc   = csr_rc_r;
    assign id2ex_csr_imm  = csr_imm_r;
    assign id2ex_csr_idx  = csr_idx_r;
    assign id2ex_csr_val  = csr_val_r;
    
    // Buffer LSU info.
    always @(posedge clk or negedge rst_n) begin
        if (~rst_n) begin
            op_load_r  <= 1'b0;
            op_loadu_r <= 1'b0;
            op_store_r <= 1'b0;
            ls_mask_r  <= {MLEN{1'b0}};
            st_data_r  <= {XLEN{1'b0}};
        end
        else begin
            if (pipe_nxt) begin
                op_load_r  <= #UDLY inst_op_load;
                op_loadu_r <= #UDLY inst_op_loadu;
                op_store_r <= #UDLY inst_op_store;
                ls_mask_r  <= #UDLY {MLEN{inst_op_ls}} & ls_mask[MLEN-1:0];
                if (inst_op_store) begin
                    //st_data_r  <= #UDLY id2rf_rb_data;
                    st_data_r  <= #UDLY rs2_data;
                end
            end
        end
    end
    
    assign id2ex_op_load  = op_load_r;
    assign id2ex_op_loadu = op_loadu_r;
    assign id2ex_op_store = op_store_r;
    assign id2ex_ls_mask  = ls_mask_r;
    assign id2ex_st_data  = st_data_r;
    
    // Buffer JMP info.
    always @(posedge clk or negedge rst_n) begin
        if (~rst_n) begin
            op_bjp_r    <= 1'b0;
            op_beq_r    <= 1'b0;
            op_bne_r    <= 1'b0;
            op_blt_r    <= 1'b0;
            op_bge_r    <= 1'b0;
            op_jal_r    <= 1'b0;
            op_jalr_r   <= 1'b0;
            op_branch_r <= 1'b0;
            bjp_base_r  <= {ALEN{1'b0}};
            bjp_imm_r   <= {ALEN{1'b0}};
            inst_r      <= {ILEN{1'b0}};
            pc_r        <= {ALEN{1'b0}};
            pc_nxt_r    <= {ALEN{1'b0}};
            br_tak_r    <= 1'b0;
        end
        else begin
            if (pipe_nxt) begin
                op_bjp_r    <= #UDLY inst_op_branch | inst_op_jal | inst_op_jalr;
                op_beq_r    <= #UDLY inst_op_beq;
                op_bne_r    <= #UDLY inst_op_bne;
                op_blt_r    <= #UDLY inst_op_bge;
                op_bge_r    <= #UDLY inst_op_blt;
                op_jal_r    <= #UDLY inst_op_jal;
                op_jalr_r   <= #UDLY inst_op_jalr;
                op_branch_r <= #UDLY inst_op_branch;
                bjp_base_r  <= #UDLY inst_bjp_base;
                bjp_imm_r   <= #UDLY inst_bjp_imm;
                inst_r      <= #UDLY pipe_inst;
                pc_r        <= #UDLY pipe_pc;
                pc_nxt_r    <= #UDLY pipe_pc_nxt;
                br_tak_r    <= #UDLY pipe_br_tak;
            end
        end
    end
    
    assign id2ex_op_bjp     = op_bjp_r;
    assign id2ex_op_beq     = op_beq_r;
    assign id2ex_op_bne     = op_bne_r;
    assign id2ex_op_blt     = op_blt_r;
    assign id2ex_op_bge     = op_bge_r;
    assign id2ex_op_jal     = op_jal_r;
    assign id2ex_op_jalr    = op_jalr_r;
    assign id2ex_op_branch  = op_branch_r;
    assign id2ex_bjp_base   = bjp_base_r;
    assign id2ex_bjp_imm    = bjp_imm_r;
    assign id2ex_inst       = inst_r;
    assign id2ex_pc         = pc_r;
    assign id2ex_pc_nxt     = pc_nxt_r;
    assign id2ex_br_tak     = br_tak_r;

    // Buffer privileged info.
    always @(posedge clk or negedge rst_n) begin
        if (~rst_n) begin
            op_mret_r <= 1'b0;
            op_wfi_r  <= 1'b0;
        end
        else begin
            if (pipe_nxt) begin
                op_mret_r <= #UDLY inst_op_mret;
                op_wfi_r  <= #UDLY inst_op_wfi;
            end
        end
    end
    
    assign id2ex_op_mret = op_mret_r;
    assign id2ex_op_wfi  = op_wfi_r;

    // Buffer WB info.
    always @(posedge clk or negedge rst_n) begin
        if (~rst_n) begin
            wb_act_r <= 1'b0;
            wb_idx_r <= 5'b0;
        end
        else begin
            if (pipe_nxt) begin
                wb_act_r <= #UDLY inst_wb_act;
                wb_idx_r <= #UDLY inst_rd_idx;
            end
        end
    end
    
    assign id2ex_wb_act = wb_act_r;
    assign id2ex_wb_idx = wb_idx_r;

    // Buffer exceptions.
    always @(posedge clk or negedge rst_n) begin
        if (~rst_n) begin
            has_excp_r  <= 1'b0;
            acc_fault_r <= 1'b0;
            mis_align_r <= 1'b0;
            ill_inst_r  <= 1'b0;
            env_call_r  <= 1'b0;
            env_break_r <= 1'b0;
        end
        else begin
            if (pipe_nxt) begin
                has_excp_r  <= #UDLY pipe_has_excp
                            | ill_inst | inst_op_ecall | inst_op_ebreak;
                acc_fault_r <= #UDLY pipe_acc_fault;
                mis_align_r <= #UDLY pipe_mis_align;
                ill_inst_r  <= #UDLY ill_inst;
                env_call_r  <= #UDLY inst_op_ecall;
                env_break_r <= #UDLY inst_op_ebreak;
            end
        end
    end

    assign id2ex_has_excp   = has_excp_r;
    assign id2ex_acc_fault  = acc_fault_r;
    assign id2ex_mis_align  = mis_align_r;
    assign id2ex_ill_inst   = ill_inst_r;
    assign id2ex_env_call   = env_call_r;
    assign id2ex_env_break  = env_break_r;
    
    // Forwarding operand indices.
    always @(posedge clk or negedge rst_n) begin
        if (~rst_n) begin
            rs1_vld_r <= 1'b0;
            rs2_vld_r <= 1'b0;
            rs1_idx_r <= 5'h0;
            rs2_idx_r <= 5'h0;
        end
        else begin
            if (pipe_nxt) begin
                rs1_vld_r <= #UDLY rs1_vld;
                rs2_vld_r <= #UDLY rs2_vld;
                rs1_idx_r <= #UDLY inst_rs1_idx;
                rs2_idx_r <= #UDLY inst_rs2_idx;
            end
        end
    end
    
    assign id2ex_rs1_vld = rs1_vld_r;
    assign id2ex_rs2_vld = rs2_vld_r;
    assign id2ex_rs1_idx = rs1_idx_r;
    assign id2ex_rs2_idx = rs2_idx_r;
    
    // Read from regfile.
    assign id2rf_ra_idx  = inst_rs1_idx;
    assign id2rf_rb_idx  = inst_rs2_idx;

    // Buffer fence info.
    always @(posedge clk or negedge rst_n) begin
        if (~rst_n) begin
            fencei_r     <= 1'b0;
            fence_r      <= 1'b0;
            fence_pred_r <= 4'b0;
            fence_succ_r <= 4'b0;
        end
        else begin
            if (pipe_nxt) begin
                fence_r      <= #UDLY inst_op_fence;
                fencei_r     <= #UDLY inst_op_fencei;
                if (inst_op_fence) begin
                    fence_pred_r <= #UDLY inst_rv32[27:24];
                    fence_succ_r <= #UDLY inst_rv32[23:20];
                end
            end
        end
    end

    assign fence_inst = fencei_r;
    assign fence_data = fence_r;
    assign fence_pred = fence_pred_r;
    assign fence_succ = fence_succ_r;

    // Output forwarding info before pipeline.
    assign if2bp_fw_act = inst_wb_act;
    assign if2bp_fw_idx = inst_rd_idx;

    // Buffer misprediction status.
    always @(posedge clk or negedge rst_n) begin
        if (~rst_n) begin
            bjp_mis_r <= 1'b0;
        end
        else begin
            bjp_mis_r <= #UDLY bjp_mis;
        end
    end

    assign id_br_flush = bjp_mis_r;

    // Buffer branch states.
    always @(posedge clk or negedge rst_n) begin
        if (~rst_n) begin
            bjp_vld_r  <= 1'b0;
            bjp_addr_r <= {ALEN{1'b0}};
        end
        else begin
            //if (id2ex_vld) begin
                bjp_vld_r  <= #UDLY bjp_vld;
                bjp_addr_r <= #UDLY bjp_addr;
            //end
        end
    end
    
    assign id2if_bjp_vld  = bjp_vld_r;
    assign id2if_bjp_addr = bjp_addr_r;

endmodule